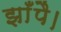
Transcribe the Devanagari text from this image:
झाँपै।